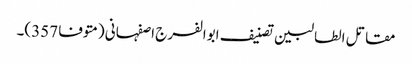
مقاتل الطالبین تصنیف ابوالفرج اصفہانی (متوفا 357)۔